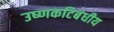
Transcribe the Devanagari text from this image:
उष्‍णकटिबंधीय